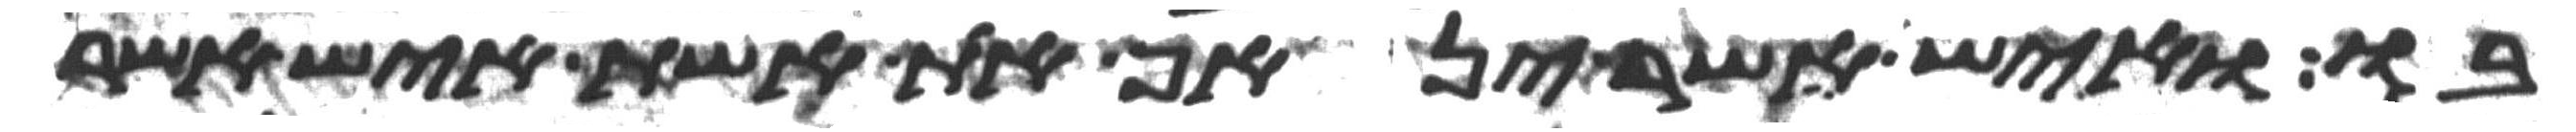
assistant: בו ואיש אשר ינאף את אשת איש אשר